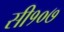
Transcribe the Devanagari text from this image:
सी१०७